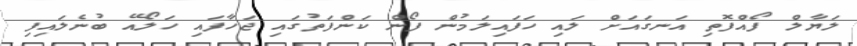
ލަޔާލް ފޯއްފޮތި އަނގައަށް ލައި ހަފައިލަމުން ފޯން ކަންފަތުގައި ޖަހާފައި ހަލޯއޭ ބުނެލައިފި